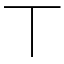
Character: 丅